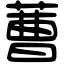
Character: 蓸